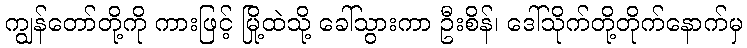
ကျွန်တော်တို့ကို ကားဖြင့် မြို့ထဲသို့ ခေါ်သွားကာ ဦးစိန်၊ ဒေါ်သိုက်တို့တိုက်နောက်မှ